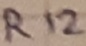
Text: R12